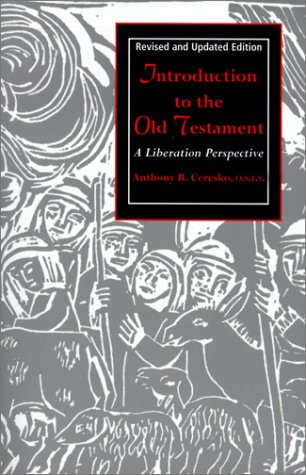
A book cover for Introduction to the Old Testament: A Liberation Perspective; Anthony R. Ceresko; Christian Books & Bibles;